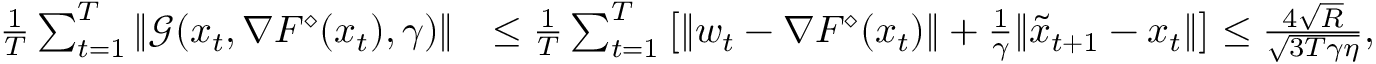
\begin{array} { r l } { \frac { 1 } { T } \sum _ { t = 1 } ^ { T } \| \mathcal { G } ( x _ { t } , \nabla F ^ { \diamond } ( x _ { t } ) , \gamma ) \| } & { \leq \frac { 1 } { T } \sum _ { t = 1 } ^ { T } \big [ \| w _ { t } - \nabla F ^ { \diamond } ( x _ { t } ) \| + \frac { 1 } { \gamma } \| \tilde { x } _ { t + 1 } - x _ { t } \| \big ] \leq \frac { 4 \sqrt { R } } { \sqrt { 3 T \gamma \eta } } , } \end{array}